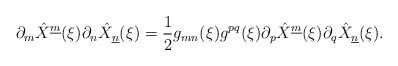
\begin{align*}\partial_m \hat{X}^{\underline{m}}(\xi )\partial_n \hat{X}_{\underline{n}}(\xi ) = {1 \over 2}g_{mn}(\xi )g^{pq}(\xi )\partial_p \hat{X}^{\underline{m}}(\xi )\partial_q \hat{X}_{\underline{n}}(\xi ).\end{align*}